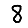
Digit: 8